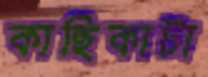
কাছিকাটা